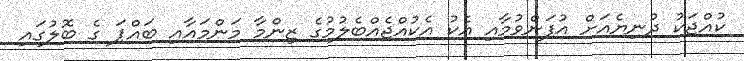
ކުއްޖަކު ދުނިޔެއަށް އުފަންވުމާއި އެކު އެކުއްޖެއްބެލުމުގެ ޒިންމާ މަންމައާއި ބައްޕަ ގެ ބޮލުގައި